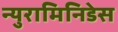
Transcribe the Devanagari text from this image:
न्युरामिनिडेस